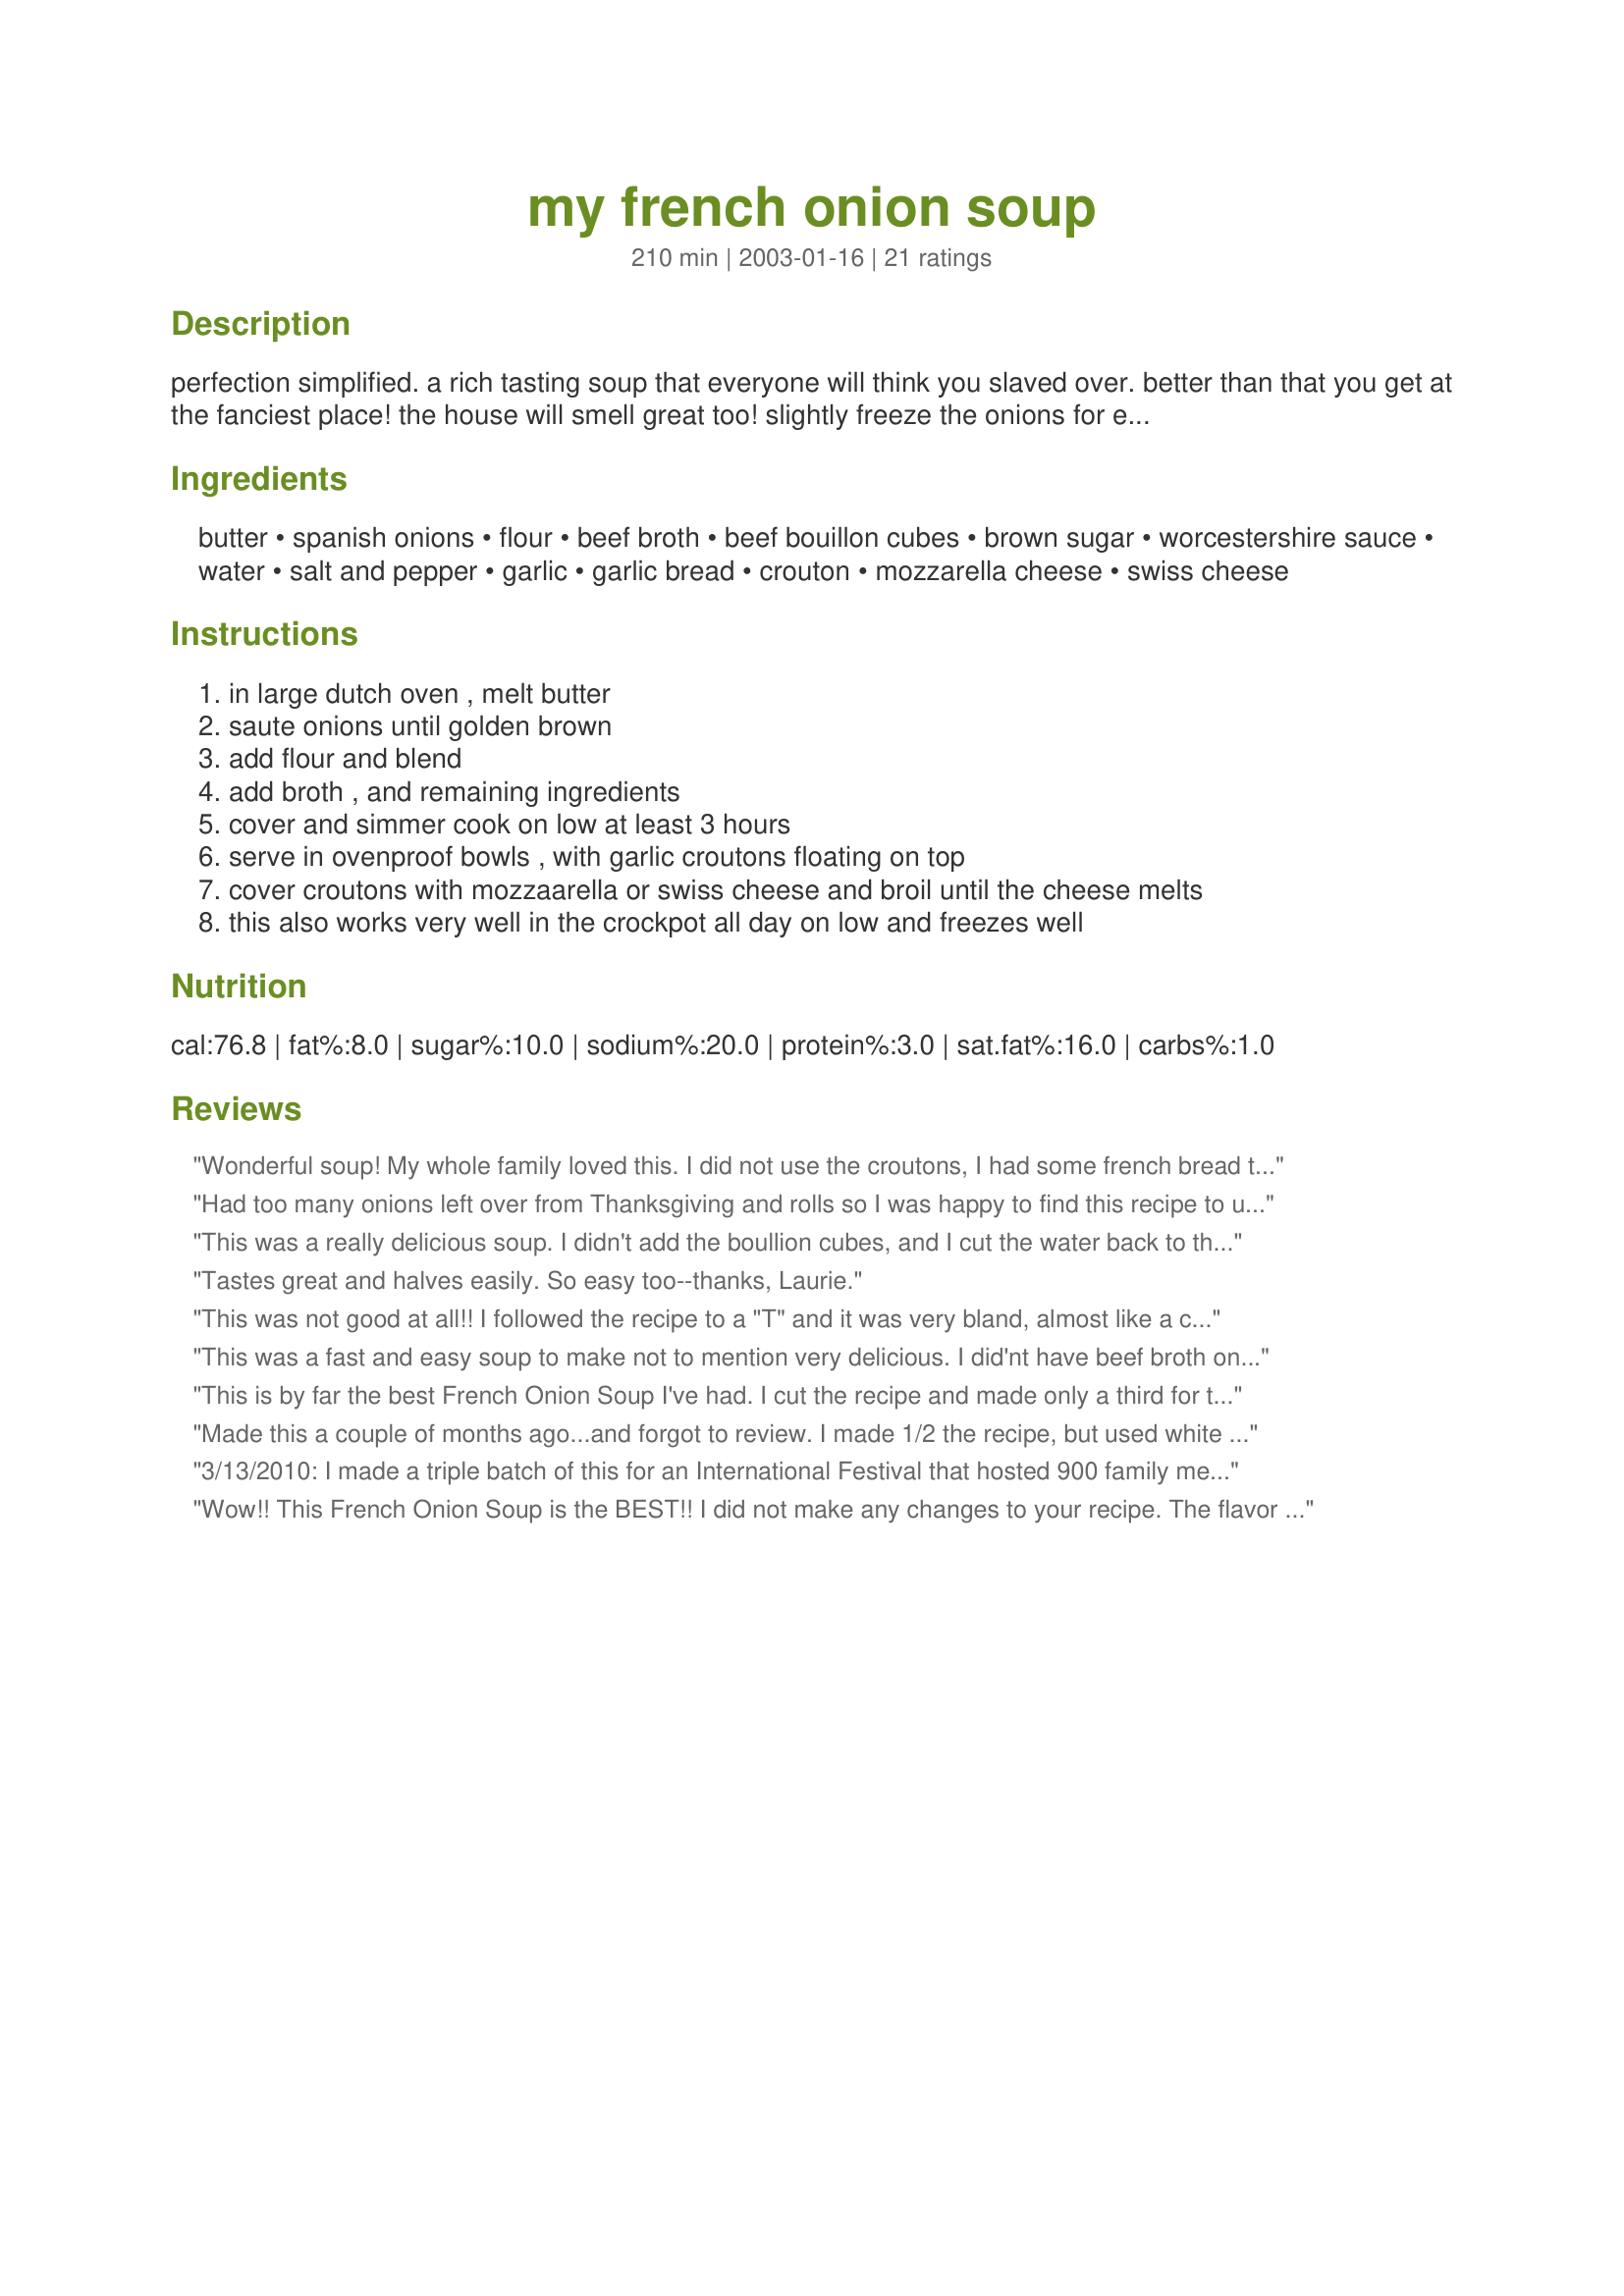
my french onion soup
Preparation time: 210 minutes

perfection simplified. a rich tasting soup that everyone will think you slaved over. better than that you get at the fanciest place! the house will smell great too! slightly freeze the onions for ease in slicing and less tears.

Ingredients:
butter, spanish onions, flour, beef broth, beef bouillon cubes, brown sugar, worcestershire sauce, water, salt and pepper, garlic, garlic bread, crouton, mozzarella cheese, swiss cheese

Steps:
in large dutch oven , melt butter, saute onions until golden brown, add flour and blend, add broth , and remaining ingredients, cover and simmer cook on low at least 3 hours, serve in ovenproof bowls , with garlic croutons floating on top, cover croutons with mozzaarella or swiss cheese and broil until the cheese melts, this also works very well in the crockpot all day on low and freezes well

Reviews:
Wonderful soup! My whole family loved this. I did not use the croutons, I had some french bread that needed to be used up! Still turn out Delicious!! I will be try this again only in the crockpot. I got a little impatient waiting so long for this soups. But it's well worth the wait!!
Had too many onions left over from Thanksgiving and rolls so I was happy to find this recipe to use them up! This was a great onion soup! loved it - I'm cutting fat out of our diets so I used SmartBalance and it worked just fine in the recipe! Thanks for sharing!
This was a really delicious soup. I didn't add the boullion cubes, and I cut the water back to three cups, also I didn't add any salt as I don't add it to anything. It is a definite keeper! Thanks.
Tastes great and halves easily. So easy too--thanks, Laurie.
This was not good at all!! I followed the recipe to a "T" and it was very bland, almost like a can of beef broth...Yuck!
This was a fast and easy soup to make not to mention very delicious. I did'nt have beef broth on hand, so I used Better than Bullion beef base and it was wonderful. Thanks for the wonderful recepie!
This is by far the best French Onion Soup I've had. I cut the recipe and made only a third for the two of us, using one large Peruvian sweet onion, 1 tbsp flour, 1 can of broth, 1 cup of water, etc. I didn't use the brown sugar at all because the onion was so sweet. I did not use the crockpot. The croutons were fresh garlic croutons made from a loaf of day old bread, made in the bread machine. I highly recommend this recipe.
Made this a couple of months ago...and forgot to review. I made 1/2 the recipe, but used white wine in place of some of the water, and added 3 t. of Better than Bouillon for a beefier flavor. Very good and will make this again for sure. Donna
3/13/2010: I made a triple batch of this for an International Festival that hosted 900 family members of a local scout organization. Everyone loved it and I promptly started to get recipe requests. I'm gladly sharing the link on facebook! Thank you for such a simple and delicious recipe! UPDATE 3/31/10: I made some alterations to a batch of this soup to make it vegetarian. 3 cans veggie broth, 4 cubes Knorr vegetable bullion. It was FABULOUS! Thanks, again, for this great recipe!
Wow!! This French Onion Soup is the BEST!! I did not make any changes to your recipe. The flavor just bowled me over. I wish that I had homemade croutons but had to settle for store-bought. I topped with shredded Swiss cheese. A true delight to the palate. Thanks Laurie.
Very tasty, and what I love the most is how quick it is to put together. Instead of croutons just used a toasted baguette slice and it was yummy with the cheese melted on top!
I have to agree with everyone here. This is a wonderful tasting soup and so easy to make. I think it tasted better than most restaurants. I did not use the crock pot, but instead let it cook on the stove top for about 5 hours. The only changes I made were to use 4 cans of broth, 1/2 cup of water and 1/2 cup of red cooking wine. Everything else I left the same. I would definitely recommend this even if you have never tried to make before, it was that easy...Thanks!!
love this. Great without flour addition also and I often use croutons in place of bread.
All who ate, all said it was great! Thanks for sharing!
This was great! my sister and I are French Onion Soup NUTS and i invited her over to "taste test" with me for dinner. we both were AMAZED at the awesome taste and the EASE of making it (I did use the crockpot method). I served it with a hearty honey/oat/whole wheat bread and it was OUT OF SIGHT. will be enjoying the leftovers for lunch tomorrow and will DEFINATELY be making this again. The only minor person tweakings I did was to substitute the 1 c. of water for 1 c. of white cooking wine and added a few extra dashes of worcestershire. 

***the only thing I think that may need to be changed on the actual recipe itself was to include the bread/breadcrumbs and the swiss/mozzarella on the actual list of ingredients. I just skimmed the list of ingredients while making my grocery list and, since it didn't list the bread or cheese, failed to grab any while at the store (though, thankfully I had some in the house).
This was pretty good soup ! I thought it could have used a splah of white wine maybe ? It just needed something to deepen the flavor . We enjoyed it and I will make this again !
The only thing I can say about this was I should have made more than what I thought we would we would eat. A nice version of French Onion Soup. I chose to add garlic anc croutons to our soup. 


Since this posting I have made this soup so many times over and over again. Excellant!!!
Great! I thought it could use a tad less sugar as my onions were very sweet. Use less sugar and you can always add more. Thanks for the recipe.
TERRIFIC!! This soup was absolutely wonderful. I looked at many recipes and the only change I made was to add 1 cup white wine and I cut the water to 3 1/4 cups. Thanks for a great recipe. I can hardly wait to dazzle my company with this.
Awesome! Awesome! AWESOME!
Absolutely WONDERFUL!! It tastes just like a great restaurant quality soup! Lots of depth- I highly recommmend you try it!
